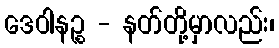
ဒေဝါနဉ္စ - နတ်တို့မှာလည်း၊